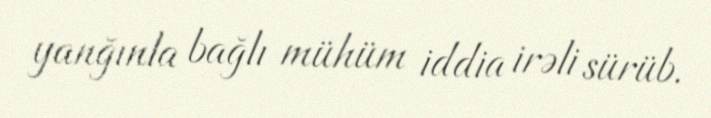
yanğınla bağlı mühüm iddia irəli sürüb.